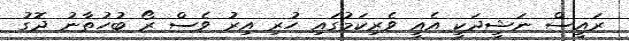
ރައީސް ނަޝީދަކީ އެއީ ވެރިކަމުގައި ހުރި އިރު ވެސް ރޯ ބުހުތާނު ދޮގު